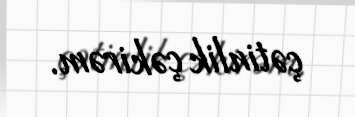
çətinlik çəkirəm.